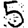
Digit: 5